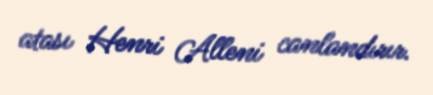
atası Henri Alleni canlandırır.